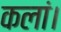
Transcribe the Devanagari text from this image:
कलां।